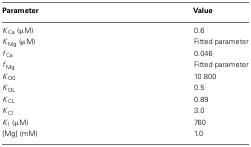
| Parameter | Value |
 | --- | --- |
 | KCa (μM) | 0.6 |
 | KMg (μM) | Fitted parameter |
 | fCa | 0.046 |
 | fMg | Fitted parameter |
 | KO0 | 10 800 |
 | KOL | 0.5 |
 | KCL | 0.89 |
 | KCI | 3.0 |
 | KI (μM) | 760 |
 | [Mg] (mM) | 1.0 |